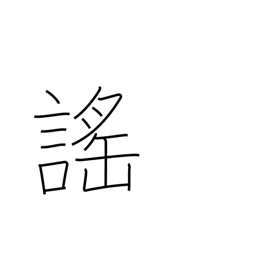
Meaning: chant (esp. Noh)